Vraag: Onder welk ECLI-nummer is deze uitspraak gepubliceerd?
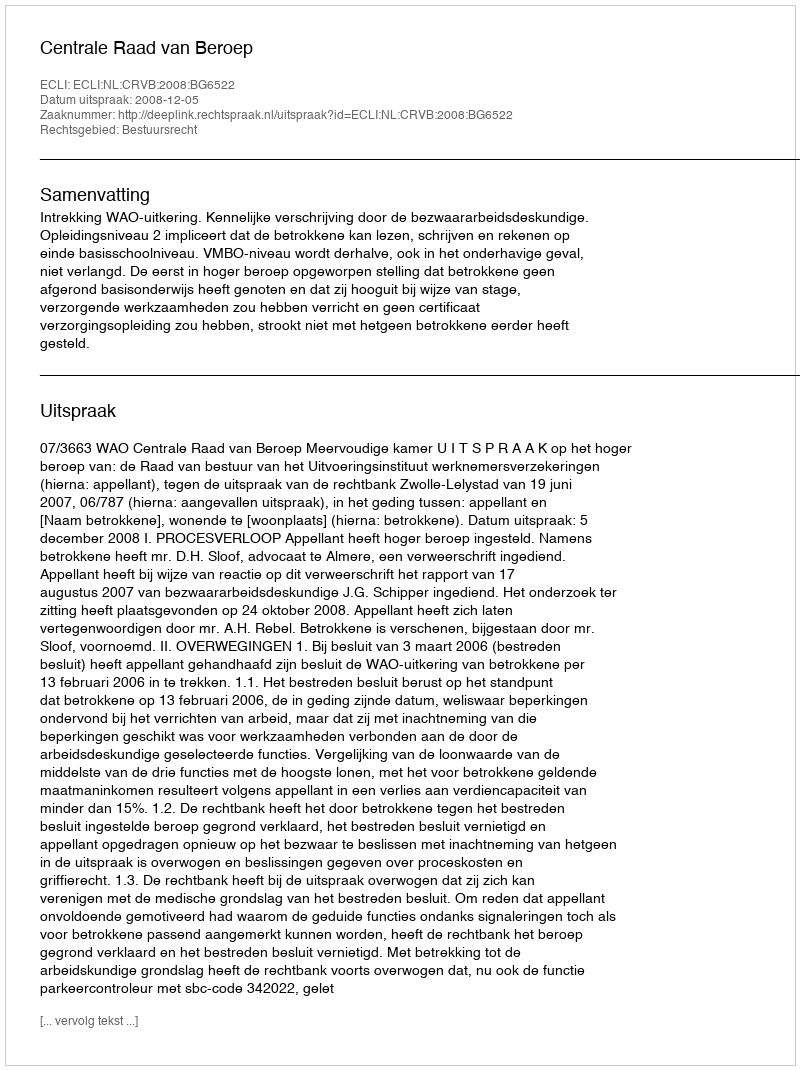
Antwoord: ECLI:NL:CRVB:2008:BG6522